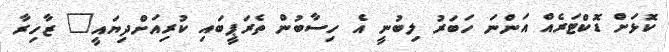
ކޮޅަށް ޑޮކްޓަރެއް އަންނަ ހަބަރު ލިބުނީ އެ ހިސާބުން ތެރަޕީބައި ކުރިއަށްދިޔައީ" ޒާހިރާ